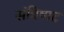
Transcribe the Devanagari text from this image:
संविषाद